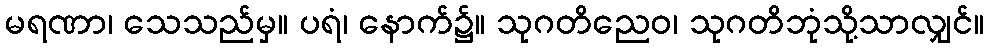
မရဏာ၊ သေသည်မှ။ ပရံ၊ နောက်၌။ သုဂတိညေဝ၊ သုဂတိဘုံသို့သာလျှင်။